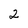
Character: 2